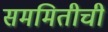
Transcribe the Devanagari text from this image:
सममितीची